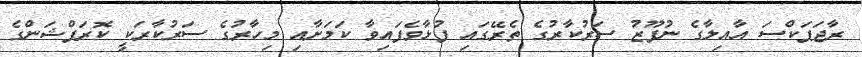
ރާޖަޕަކްސަ އާއިލާގެ ނުފޫޒު ސަރުކާރުގެ ތެރޭގައި ފުޅާވެފަައިވާ ކަމަށާއި މިހާރުގެ ސަރުކާރަކީ ކޮރަޕްޝަންގެ